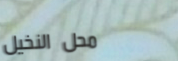
محل النخيل